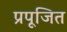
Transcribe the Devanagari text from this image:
प्रपूजित